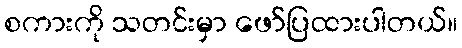
စကားကို သတင်းမှာ ဖော်ပြထားပါတယ်။